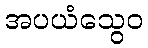
အပယံသွေဝ